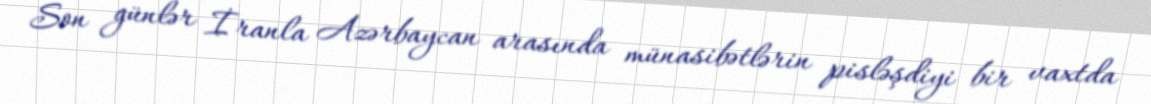
Son günlər İranla Azərbaycan arasında münasibətlərin pisləşdiyi bir vaxtda